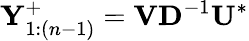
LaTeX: \mathbf{Y}_{1:(n-1)}^{+}=\mathbf{V}\mathbf{D}^{-1}\mathbf{U}^{*}